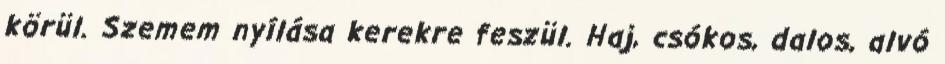
körül. Szemem nyílása kerekre feszül. Haj, csókos, dalos, alvó